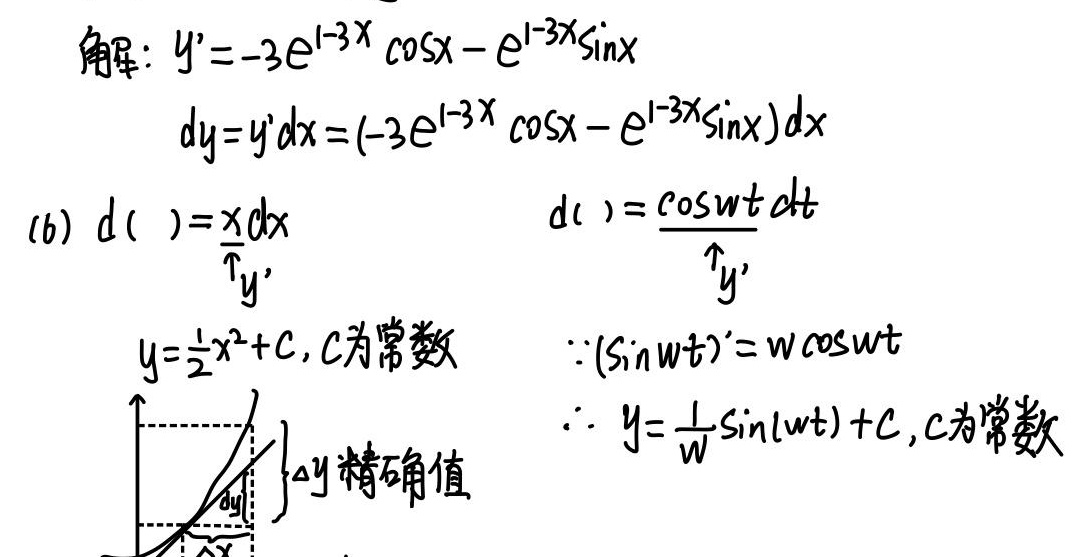
解：$y'=-3e^{1 - 3x}\cos x - e^{1 - 3x}\sin x$
$dy=y'dx=(-3e^{1 - 3x}\cos x - e^{1 - 3x}\sin x)dx$
(b) $d(\ )=x dx$  $d(\ )=\cos wt\ dt$
$\uparrow y'$  $\uparrow y'$
$y=\frac{1}{2}x^{2}+C,C为常数$  $\because (\sin wt)'=w\cos wt$
$\therefore y=\frac{1}{w}\sin(wt)+C,C为常数$